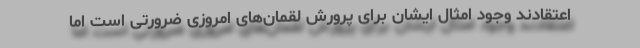
اعتقادند وجود امثال ایشان برای پرورش لقمان‌های امروزی ضرورتی است اما